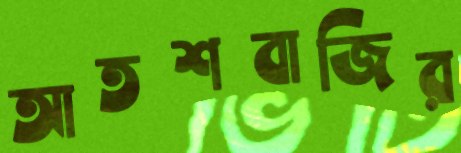
আতশবাজির